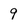
Character: 9